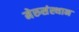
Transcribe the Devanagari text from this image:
मेरुसंस्थान